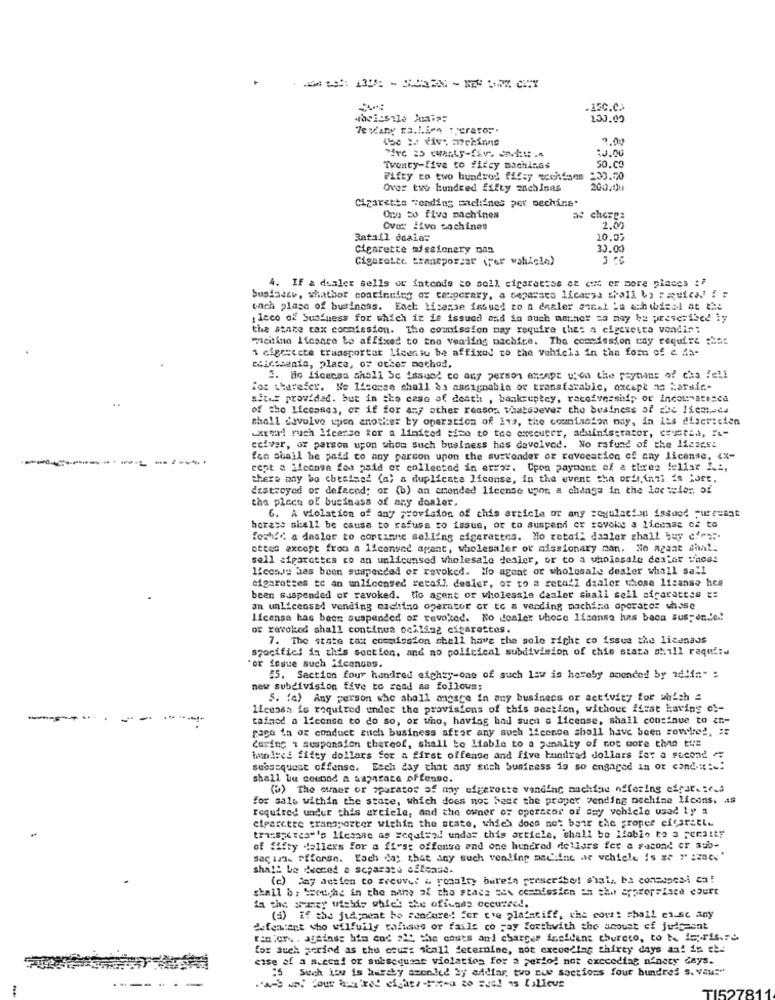
-A5C.C.
tasi:sale Junio:
Te Wany ra.Lien : raro".
15e : div. mochinns
:0.00
Twenty-five to fitcy machinGs
50.00
Fifty to two hundred fifty scchdans :00.00
Over two hundred fifty sachinas
200 1)u
Cigarette "ending siclifnes per pechine.
Orn 20 five machines
ac chere:
Ovat livo cochines
2.00
Retail doaie:
10.05
Cigarette missionary nan
32.00
Cigarette transporzar (per wahlola)
4. IF a dealer sells ur intends to sell cigarettse ot cuit er more places :?
busiasee, whathor continuing of couperary, a separato licassa shall by :aquies! ! !
wnch place of business. Each license issued to a dealer canal La ach urissl at the
:icco off Suafuess for which it is issued and in such mather za may be prescribed ly
the ataze cax commission. The commission may require that a cigezetta vendin;
macinino licanre Le affixed to toe vending machine. The commission cay require :Nac
3 cigestete transportar lieeniu be affixed zo the vehicle in the form of e da-
cticosanto, place, of other method,
3. Ho licensa ahall Sc issue! co any person etenpt "'on the reymant of cha fell
for therefer. No License shall ba assignable or transfstable, oxcape ns harsie-
aitis provided. but in the case of death , bankruptcy, receivesship or Incoumatesce
of tho licenses, or if for any other reason whatsoever the business of che Ifem.da
shall davolve upon another by operation of its, the commission may, in its discricion
Exteri ruch license for a limited time to the executer, administrator, cevotia, f-
ceiver, of person upon whom such business has devolved. No rafund of the licarsi
fen shail be paid to any person upon the surtonder or revocation of any license, ex-
cent a license fos paid er collected in error. Upon payment of a tires fellat I .:,
there any bo chesiaed (a) a duplicate license, in the event tha ordr. inni is lost.
destroyed or defaced; or (b) an amended license upon a change in the loewelon of
tha piece of business of any doaler.
6. A violation of any provision of this article or any soyulacion issood -ureumat
horase siall be cause to rafusa to iasus, or to suspend or rovoke a license cz to
foghfd a dealer to continne selling sigerettes. Mo retail dasler shall buy cfa :.
otten except from a licensed agent, wholesaler or missionary nan. No apaat cha !;
sell cigarettes co an unlicensed wholesale dealer, or to a wholesale dealer shoes
license has been suspended or revoked. No agent or wholesale desler whall sall
cigarettes to an unlicensed retail. desier, or to a retail dealer those licanse hes
been suspended or revoked. tio agent or wholesale dealer shall sell siparatt := ==
an unlicensed vending machine operator or to a vending machine operator whose
license has been suspended or revoked. No doaler whose license has been Bus-en.'e .!
of revoked shall continua ceiling cigarettes.
7. The state tax commission shell have the sole right co issue the licenaus
specifici in this section, and no political subdivision of chis stata shill raqui:d
"or iesue such Ricanuas.
"5. Section four hundred eighty-one of such law is hereby amended by wdlin" :
new subdivision five to send as follows;
5. (e) Any person who shall angste in any business or activity for which =
licensa is required under the provisions of this section, withour first having os-
tafmod a license to do so, or who, having had such a license, shail cousinue to en-
pago ia ox conduct ench business after any such licence shall have been rovtes, #
Caring : suspension thereof, shall to liable to a penalty of not more than tus
tounirci fifty dollars for a first offenge and five hundred dollars for a second
subsequent offense, Each day that any such business is so engaged In or cond .::.:
shall be coennd a saparate offense.
(3) The owner or aparatos af may efperette vand'ac machine offering cfgat. : c.
for sale within the state, which does not haet the proper vending machine licons. As
required under this article, and the owner of operator of say vohielo usad Ly a
ciparcere transporter within the stato, which does not bair the proper ciesretle
tri"sacca"'s liesse as xeisad undas this article, shall be liable to 3 Feraity
of fifty dellexs for a first offense and one hundred dollars for a second or sub-
saç izi. Pffonsn. Each day that any such vending machine ar vehicle is ze "' :2864'
shall be decced a separate offende.
(c) Jay action to grewver & ronalty berete prescribe! shal ,. ba consuncsi ca!
shall &; Szoeche in the name of the stads sex ccanission in the appropriate court
La the seary uichis which she ofivass occurred.
(a) if the judgment bo sencore! for c'e plaintiff, the court shail es-se any
defemtent who wilfully taluses or fails co jay forthwith the acoust of judgment
rision . againse bis cod "IL the couts and charges incident chureto, to be iepris.re
for such period as the court scall deternine, not exceeding thirty days an! in che
case of a scecai or subsequent violation for a period not exceeding ninety days.
is Such how is hardly amended by addias, two nie sections four hundred s. vaw"